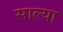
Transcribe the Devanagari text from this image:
साल्या